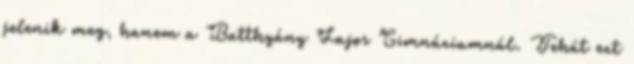
jelenik meg, hanem a Batthyány Lajos Gimnáziumnál. Tehát ezt